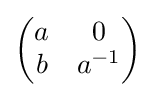
{\begin{pmatrix}a&0\\b&a^{-1}\end{pmatrix}}